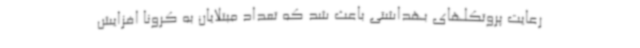
رعایت پروتکلهای بهداشتی باعث شد که تعداد مبتلایان به کرونا افزایش